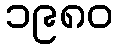
၁၉၈၀